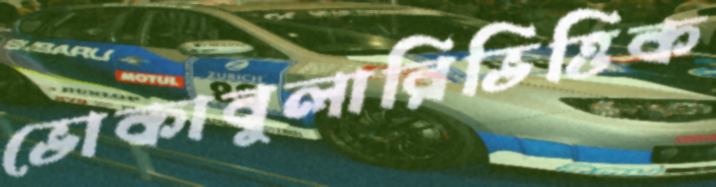
ভোকাবুলারিভিত্তিক